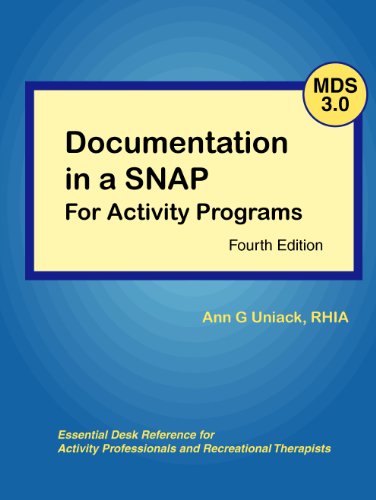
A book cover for Documentation in a SNAP for Activity Programs; Ann G Uniack; Medical Books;